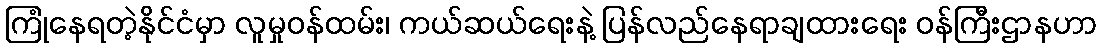
ကြုံနေရတဲ့နိုင်ငံမှာ လူမှုဝန်ထမ်း၊ ကယ်ဆယ်ရေးနဲ့ ပြန်လည်နေရာချထားရေး ဝန်ကြီးဌာနဟာ